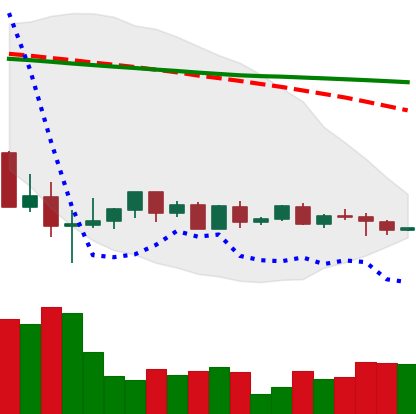
Ticker: BTC-USD
Chart end date: 2022-05-28
Forward return: 5.735%
Label: up_5_7